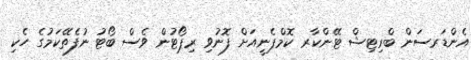
އެންޑަރސަން ބްރިޓިޝް ޓޭންކާރ ކޮމްޕެނީއަށް ފޮނުވި ރިޕޯޓުން ވެސް ބޯޓު ނުފެތޭކަމުގެ ހެކި